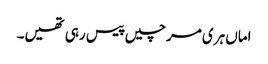
اماں ہری مرچیں پیس رہی تھیں۔